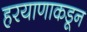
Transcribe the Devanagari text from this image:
हरयाणाकडून